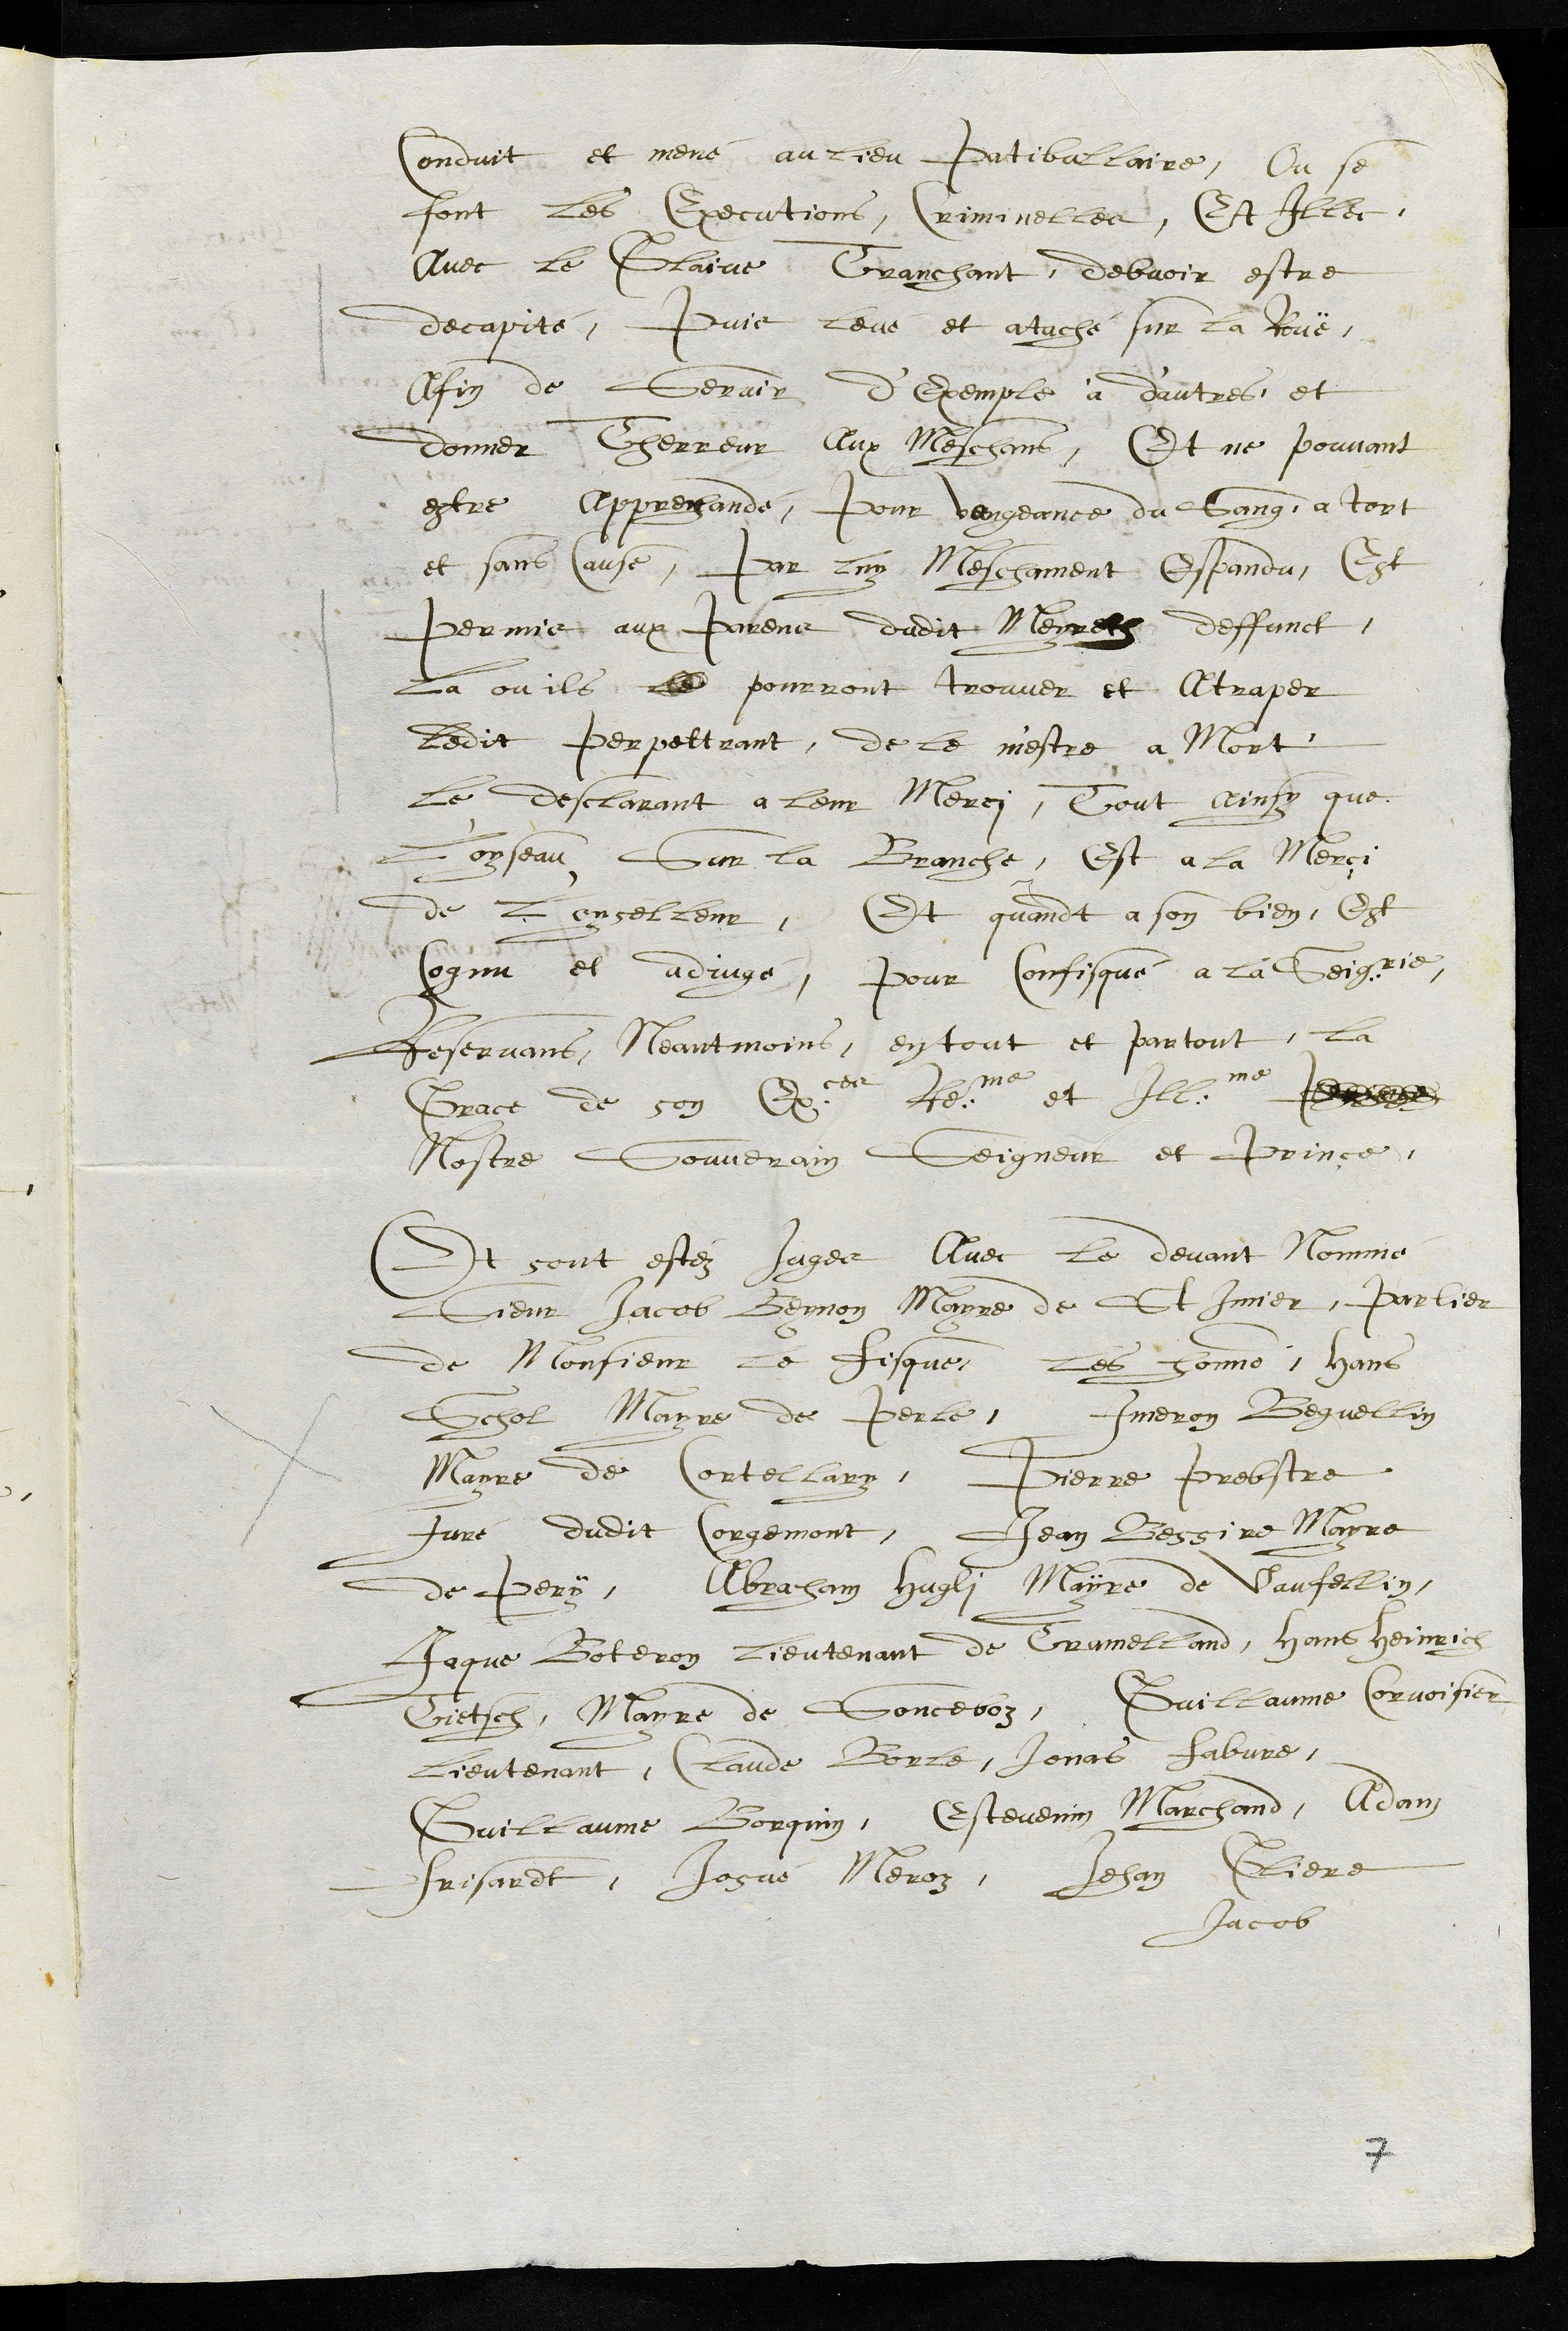
Conduit et mené au lieu Patiballaire, Ou se
font les Executions, Criminelles, Et Illec
Avec le Glaive Tranchant, debvoir estre
decapité, Puis levé et ataché sur la Rouë,
Afin de Servir d’Exemple à d'autres, et
donner Therreur Aux Meschans, Et ne pouvant
estre apprehandé, pour vengeance du Sang, a tort
et sans cause, Par luy Meschament Espandu, Est
Permis aux parens dudit Meyreth deffunct,
la ou ils le pourront trouver et Atraper
ledit perpettrant, de le m'estre a Mort
le desclarant a leur Merci, Tout ainsy que
L'oyseau Sur la Branche, Est a la Merçi
de L'oyselleur, Et quant a son bien, Est
Cognu et adjugé, pour Confisqué a la Seigrie,
Reservans, Neantmoins, en tout et partout, la
Grace de son Exces Reme et Illme Prince
Nostre Souverain Seigneur et Prinçe,
Et sont estez Juges Avec le devant Nommé
Sieur Jacob Beynon Mayre de St Imier, parlier
de Monsieur le fisque, les honnorables, Hans
Schol Mayre de Perle, Imeron Beguellin
Mayre de Cortellary, Pierre Prebstre
Juré dudit Corgemont, Jean Bessire Mayre
de Pery, Abraham Hugly Mayre de Vaufellin,
Jaque Boteron Lieutenant de Tramelland, Hans Heinrich
Trietsch, Mayre de Sonceboz, Guillaume Corvoisier
Lieutenant, Claude Borle, Jonas fabvre,
Guillaume Borquin, Estevenin Marchand, Adam
Frisardt, Josué Meroz, Jehan Gliere
Jacob
7